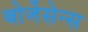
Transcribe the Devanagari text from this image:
बोर्जेसेन्स